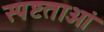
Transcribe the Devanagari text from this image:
स्पष्टताओं